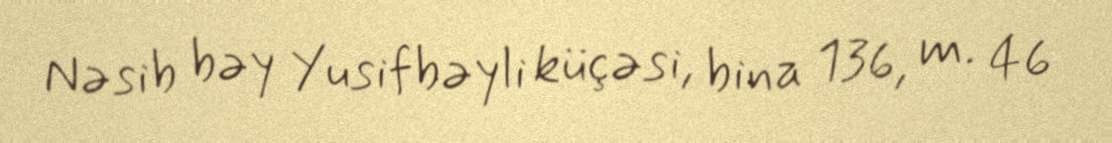
Nəsib bəy Yusifbəyli küçəsi, bina 136, m. 46